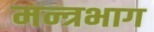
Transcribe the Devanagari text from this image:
मन्त्रभाग